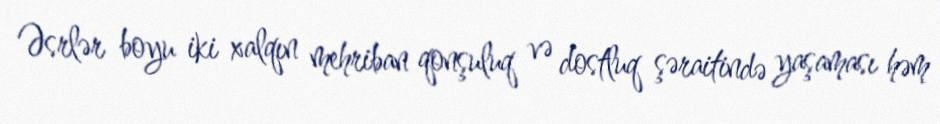
Əsrlər boyu iki xalqın mehriban qonşuluq və dostluq şəraitində yaşaması həm